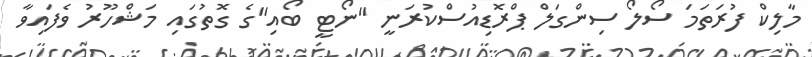
މާލިކް ފުރަތަމަ ސޯލޯ ސިންގަލް ޕްރޮޑިއުސްކުރަނީ "ނޯޓީ ބޯއި"ގެ ގޮތުގައި މަޝްހޫރު ވެފައިވާ